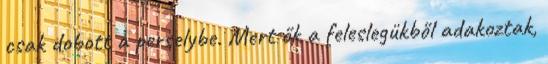
csak dobott a perselybe. Mert ők a feleslegükből adakoztak,